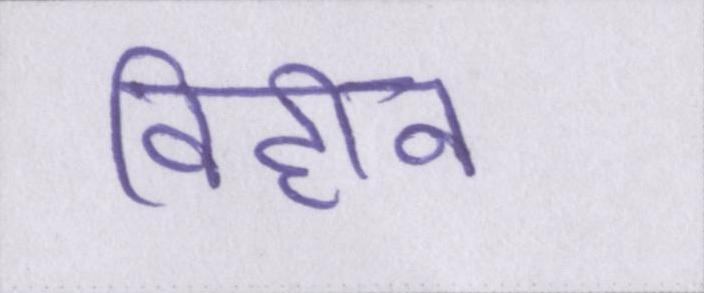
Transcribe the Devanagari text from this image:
विहीन